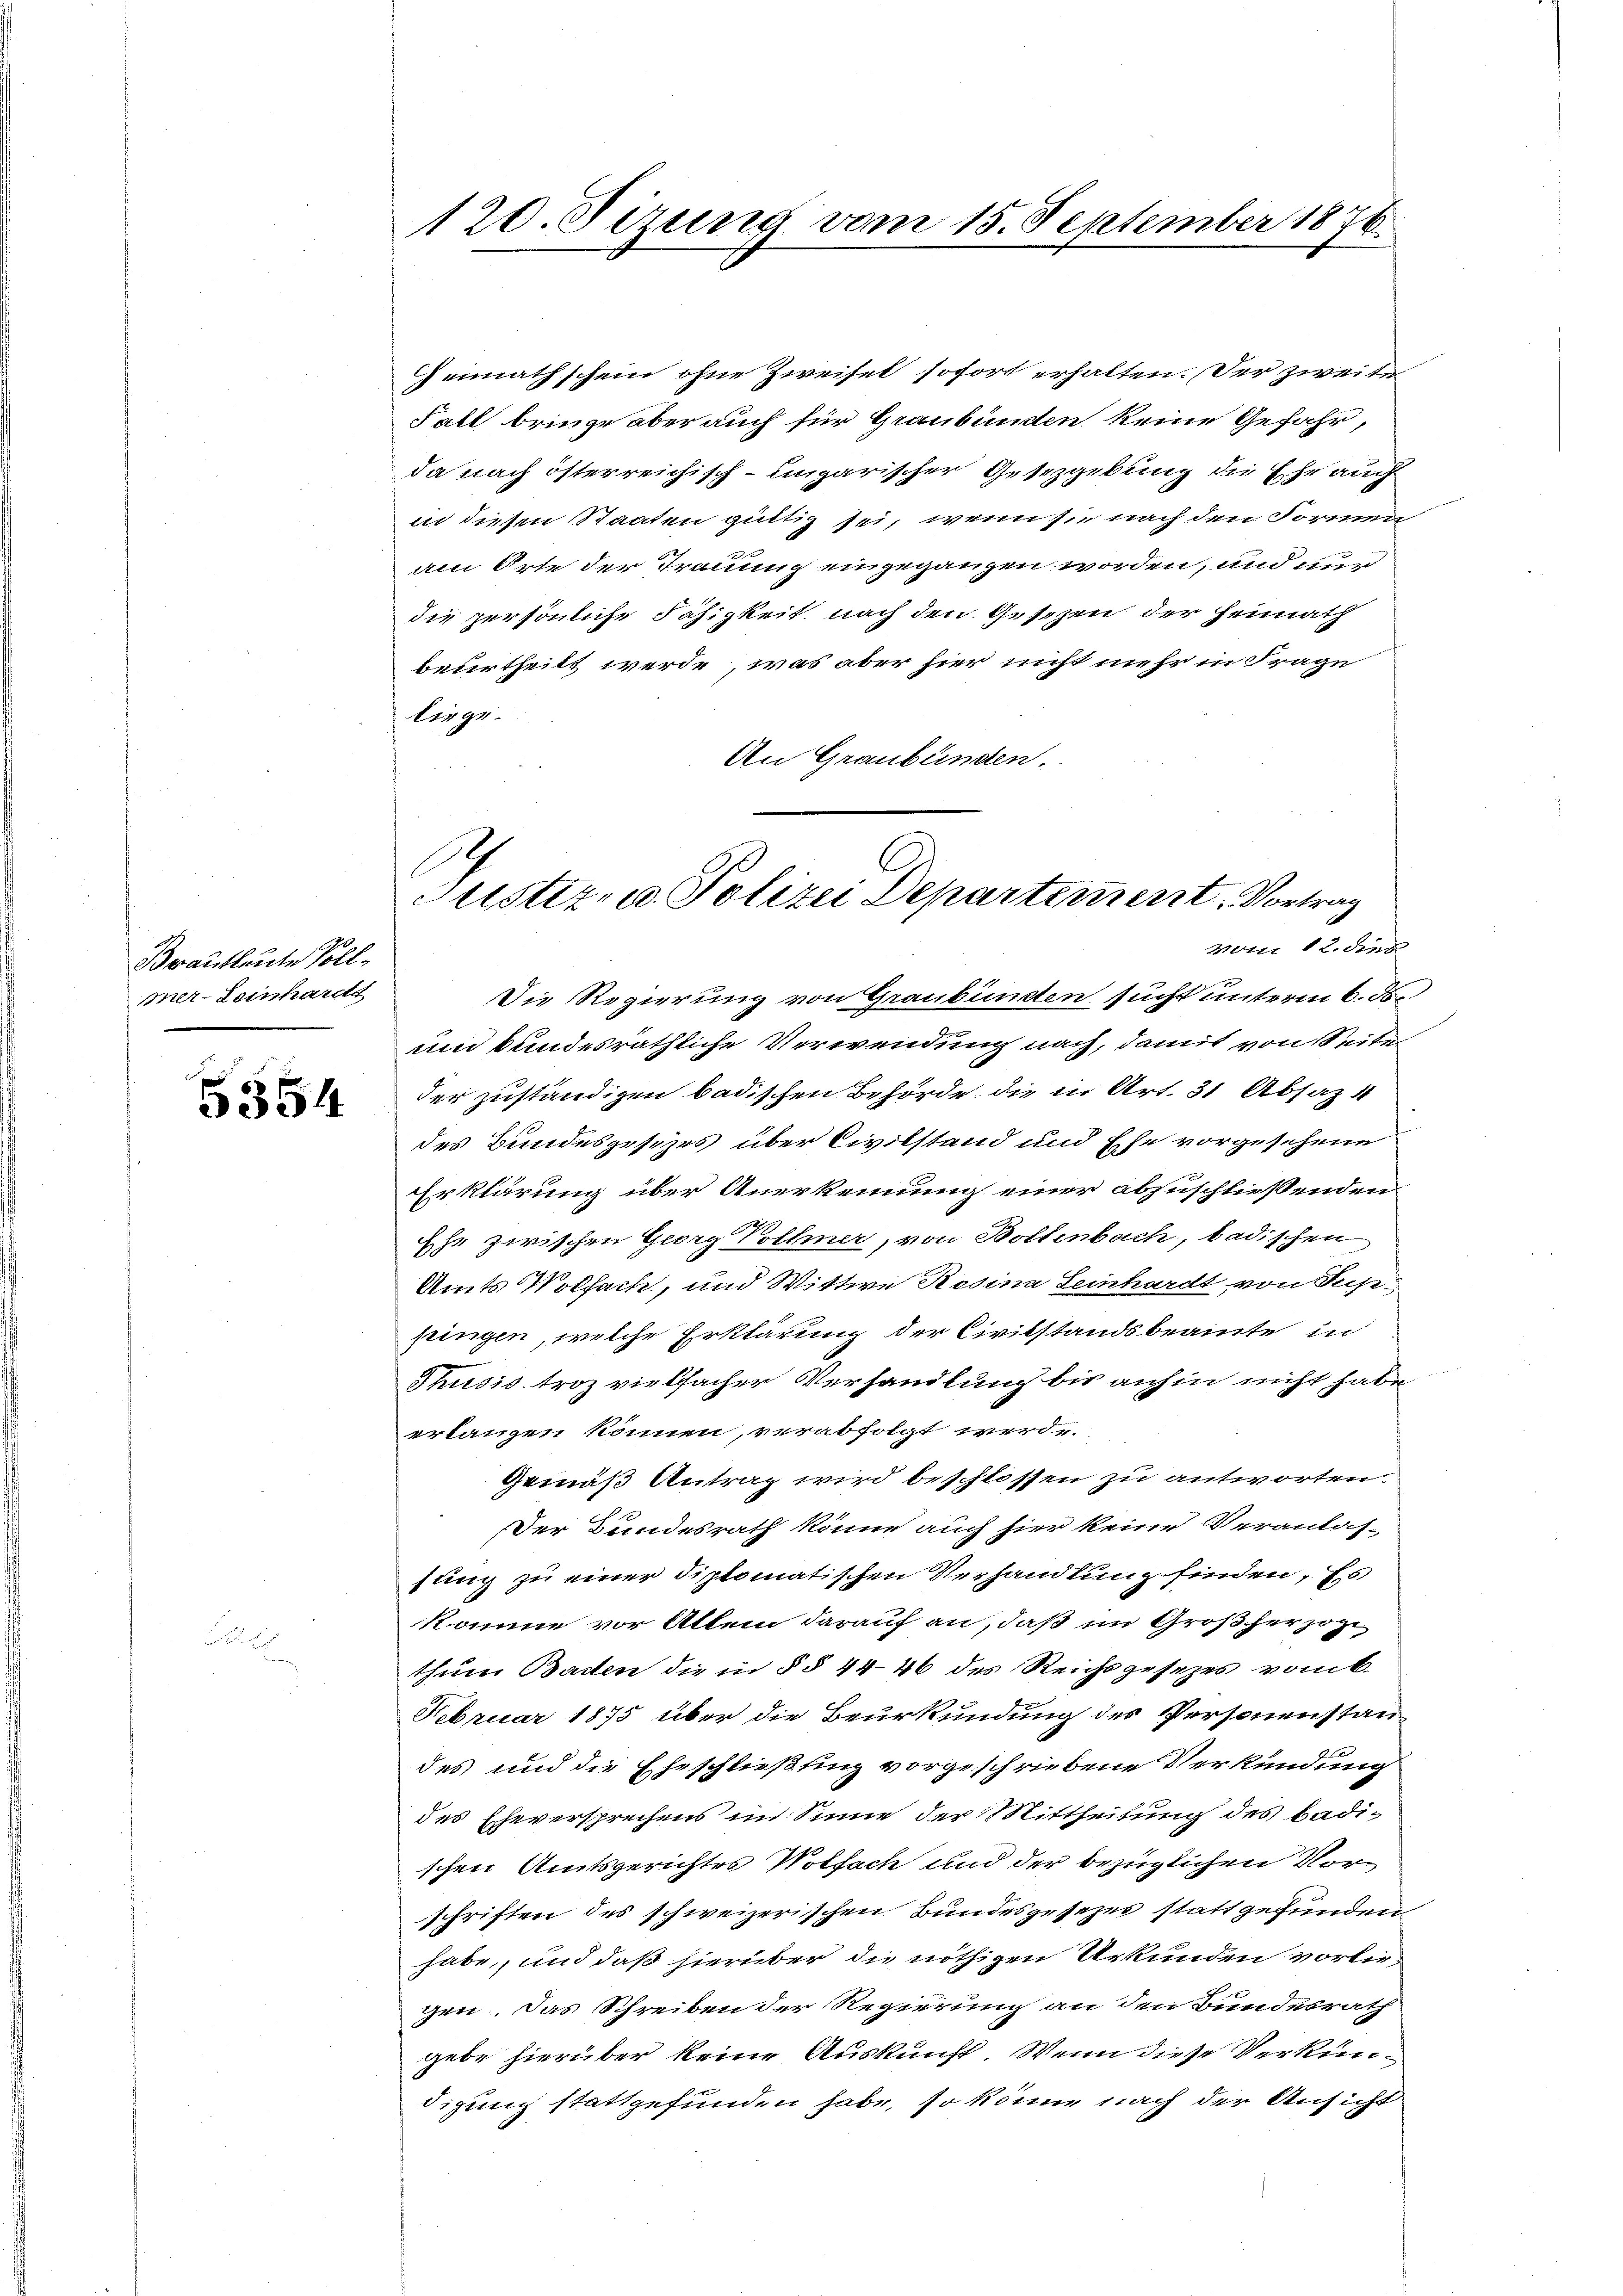
Brautleute Vollmer-Leinhardt

5354

120. Sizung vom 15. September 1876.

Gennathschein ohne Zweifel sofort erhalten. Der zweite
Fall bringe aber auch für Graubünden keine Gefahr,
da nach österreichisch-ungarischer Gesezgebung die Ehr auch
in diesen Staaten gültig sei, wenn sie nach den Formen
am Orte der Trauung eingegangen worden, und nur
die persönliche Fähigkeit nach den Gesezen der Heimath
beurtheilt werde, was aber hier nicht mehr in Frage
birge.
An Graubünden.
Die Regierung von Graubünden sucht unterm 6. ds.
und bundesräthliche Verwendung nach, damit von Seite
der zuständigen badischen Behörde die in Art. 31 Absatz
des Bundesgesezes über Civilstand und Ehe vorgesehene
Erklärung über Anerkennung einer abzuschließenden
Ehe zwischen Georg Vollmer, von Bollenbach, badischen
Amts Wolfach, und Wittwe Rosina Leinhardt von Suppringen, welche Erklärung der Civilstandsbeamte in
Thusis troz vielfachen Verhandlung bis anhin nicht habe
erlangen können, verabfolgt werde.
Gemäß Antrag wird beschlossen zu antworten.
Der Bundesrath könne auch hier keine Veranlas-
fung zu einer diplomatischen Verhandlung finden, Es
komme vor Allem darauf an, daß im Großherzogi
thum Baden die in § § 44-46 des Reichsgesezes vom 6.
Februar 1875 über die Beurkundung des Personenstan
des und die Eheschließling vorgeschriebene Verkündung
des Eheversprechens im Sinne der Mittheilung des Badischen Amtsgerichtes Wolfach und der bezüglichen Vorschriften des schweizerischen Bundesgesezes stattgefunden
habe, und daß hierüber die nöthigen Urkunden vorliegen. Das Schreiben der Regierung an den Bundesrath
gebe hierüber keine Auskunft. Wenn diese Verkendigung stattgefunden habe, so könne nach der Ansicht

Justiz, u. Polizei Departement, Vortrag
vom 12. dies